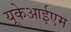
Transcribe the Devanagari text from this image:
यूकेआईएम